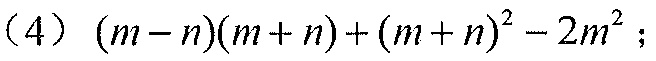
（4）\((m - n)(m + n)+(m + n)^{2}-2m^{2}\)；